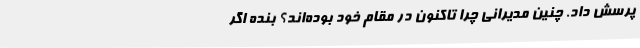
پرسش داد. چنین مدیرانی چرا تاکنون در مقام خود بوده‌اند؟ بنده اگر